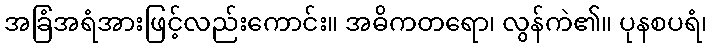
အခြံအရံအားဖြင့်လည်းကောင်း။ အဓိကတရော၊ လွန်ကဲ၏။ ပုနစပရံ၊